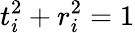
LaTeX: t_{i}^{2}+r_{i}^{2}=1